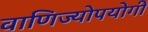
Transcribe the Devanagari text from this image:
वाणिज्योपयोगी